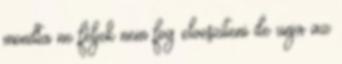
mondta ne féljek nem fog elveszíteni de unja az